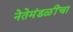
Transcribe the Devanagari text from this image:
नेतेमंडळींचा